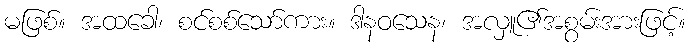
မဖြစ်။ အထခေါ၊ စင်စစ်သော်ကား။ ဒါနဝသေန၊ အလှူ၏အစွမ်းအားဖြင့်။